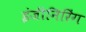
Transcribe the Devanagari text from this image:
इंजीनिरिंग